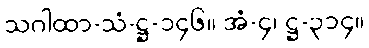
သဂါထာ-သံ-ဋ္ဌ-၁၄၆။ အံ-၄၊ ဋ္ဌ-၃၁၄။